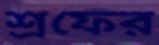
শ্রফের